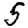
Digit: 5